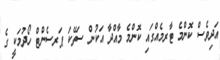
އަދިވެސް ކޮންމެ ޓާރމެއްގައި ކޮންމެ މާއްދާ އަކުން ސަތޭކަ ޕަރސެންޓް ހޯދުމަކީ ގެ